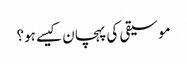
موسیقی کی پہچان کیسے ہو؟